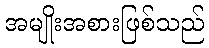
အမျိုးအစားဖြစ်သည်